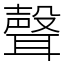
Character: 聲